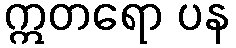
ဣတရော ပန